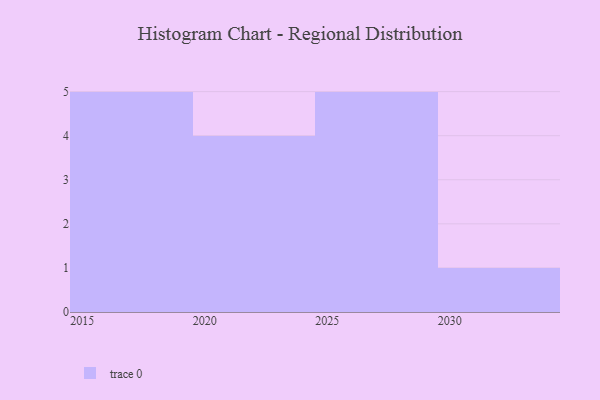
{"axis": {"x": "Year", "y": "Demand Index"}, "legend": [""], "data": [{"x": "2016", "y": 4, "type": ""}, {"x": "2030", "y": 78, "type": ""}, {"x": "2024", "y": 33, "type": ""}, {"x": "2027", "y": 41, "type": ""}, {"x": "2015", "y": 60, "type": ""}, {"x": "2025", "y": 2, "type": ""}, {"x": "2019", "y": 47, "type": ""}, {"x": "2021", "y": 64, "type": ""}, {"x": "2017", "y": 72, "type": ""}, {"x": "2026", "y": 57, "type": ""}, {"x": "2028", "y": 44, "type": ""}, {"x": "2029", "y": 6, "type": ""}, {"x": "2018", "y": 49, "type": ""}, {"x": "2022", "y": 76, "type": ""}, {"x": "2020", "y": 21, "type": ""}]}